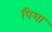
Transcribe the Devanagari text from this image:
पिशा